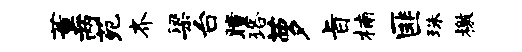
薰两苑齐梁台瞳珞萝旨楠匪珠檄